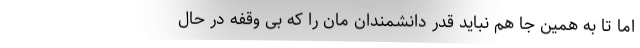
اما تا به همین جا هم نباید قدر دانشمندان مان را که بی وقفه در حال